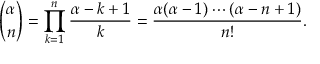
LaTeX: { \binom { \alpha } { n } } = \prod _ { k = 1 } ^ { n } { \frac { \alpha - k + 1 } { k } } = { \frac { \alpha ( \alpha - 1 ) \cdots ( \alpha - n + 1 ) } { n ! } } .